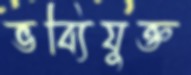
ভব্যিযুক্ত